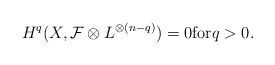
\begin{align*} H^q(X,\mathcal{F}\otimes L^{\otimes(n-q)})=0 \mathrm{for} q>0. \end{align*}